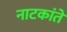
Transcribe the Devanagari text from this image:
नाटकांते